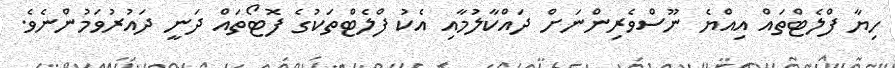
ހިޔާ ފްލެޓްތައް އިއްޔެ ނޫސްވެރިންނަށް ދައްކާލުމާއި އެކު ފްލެޓްތަކުގެ ފޮޓޯތައް ދަނީ ދައުރުވަމުންނެވެ.